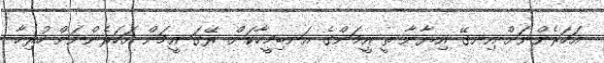
އަހަރެންނަށް އިނގޭ އިޔާނާ ތީ އީމަންގެ އަނބިމީހާކަން. ރޭގަ އީމަން އަހަރެންނަށް ހުރިހާ